65_HS1-834228961_62-HQ-83894_Section_2
Agency: FBI
Page 105
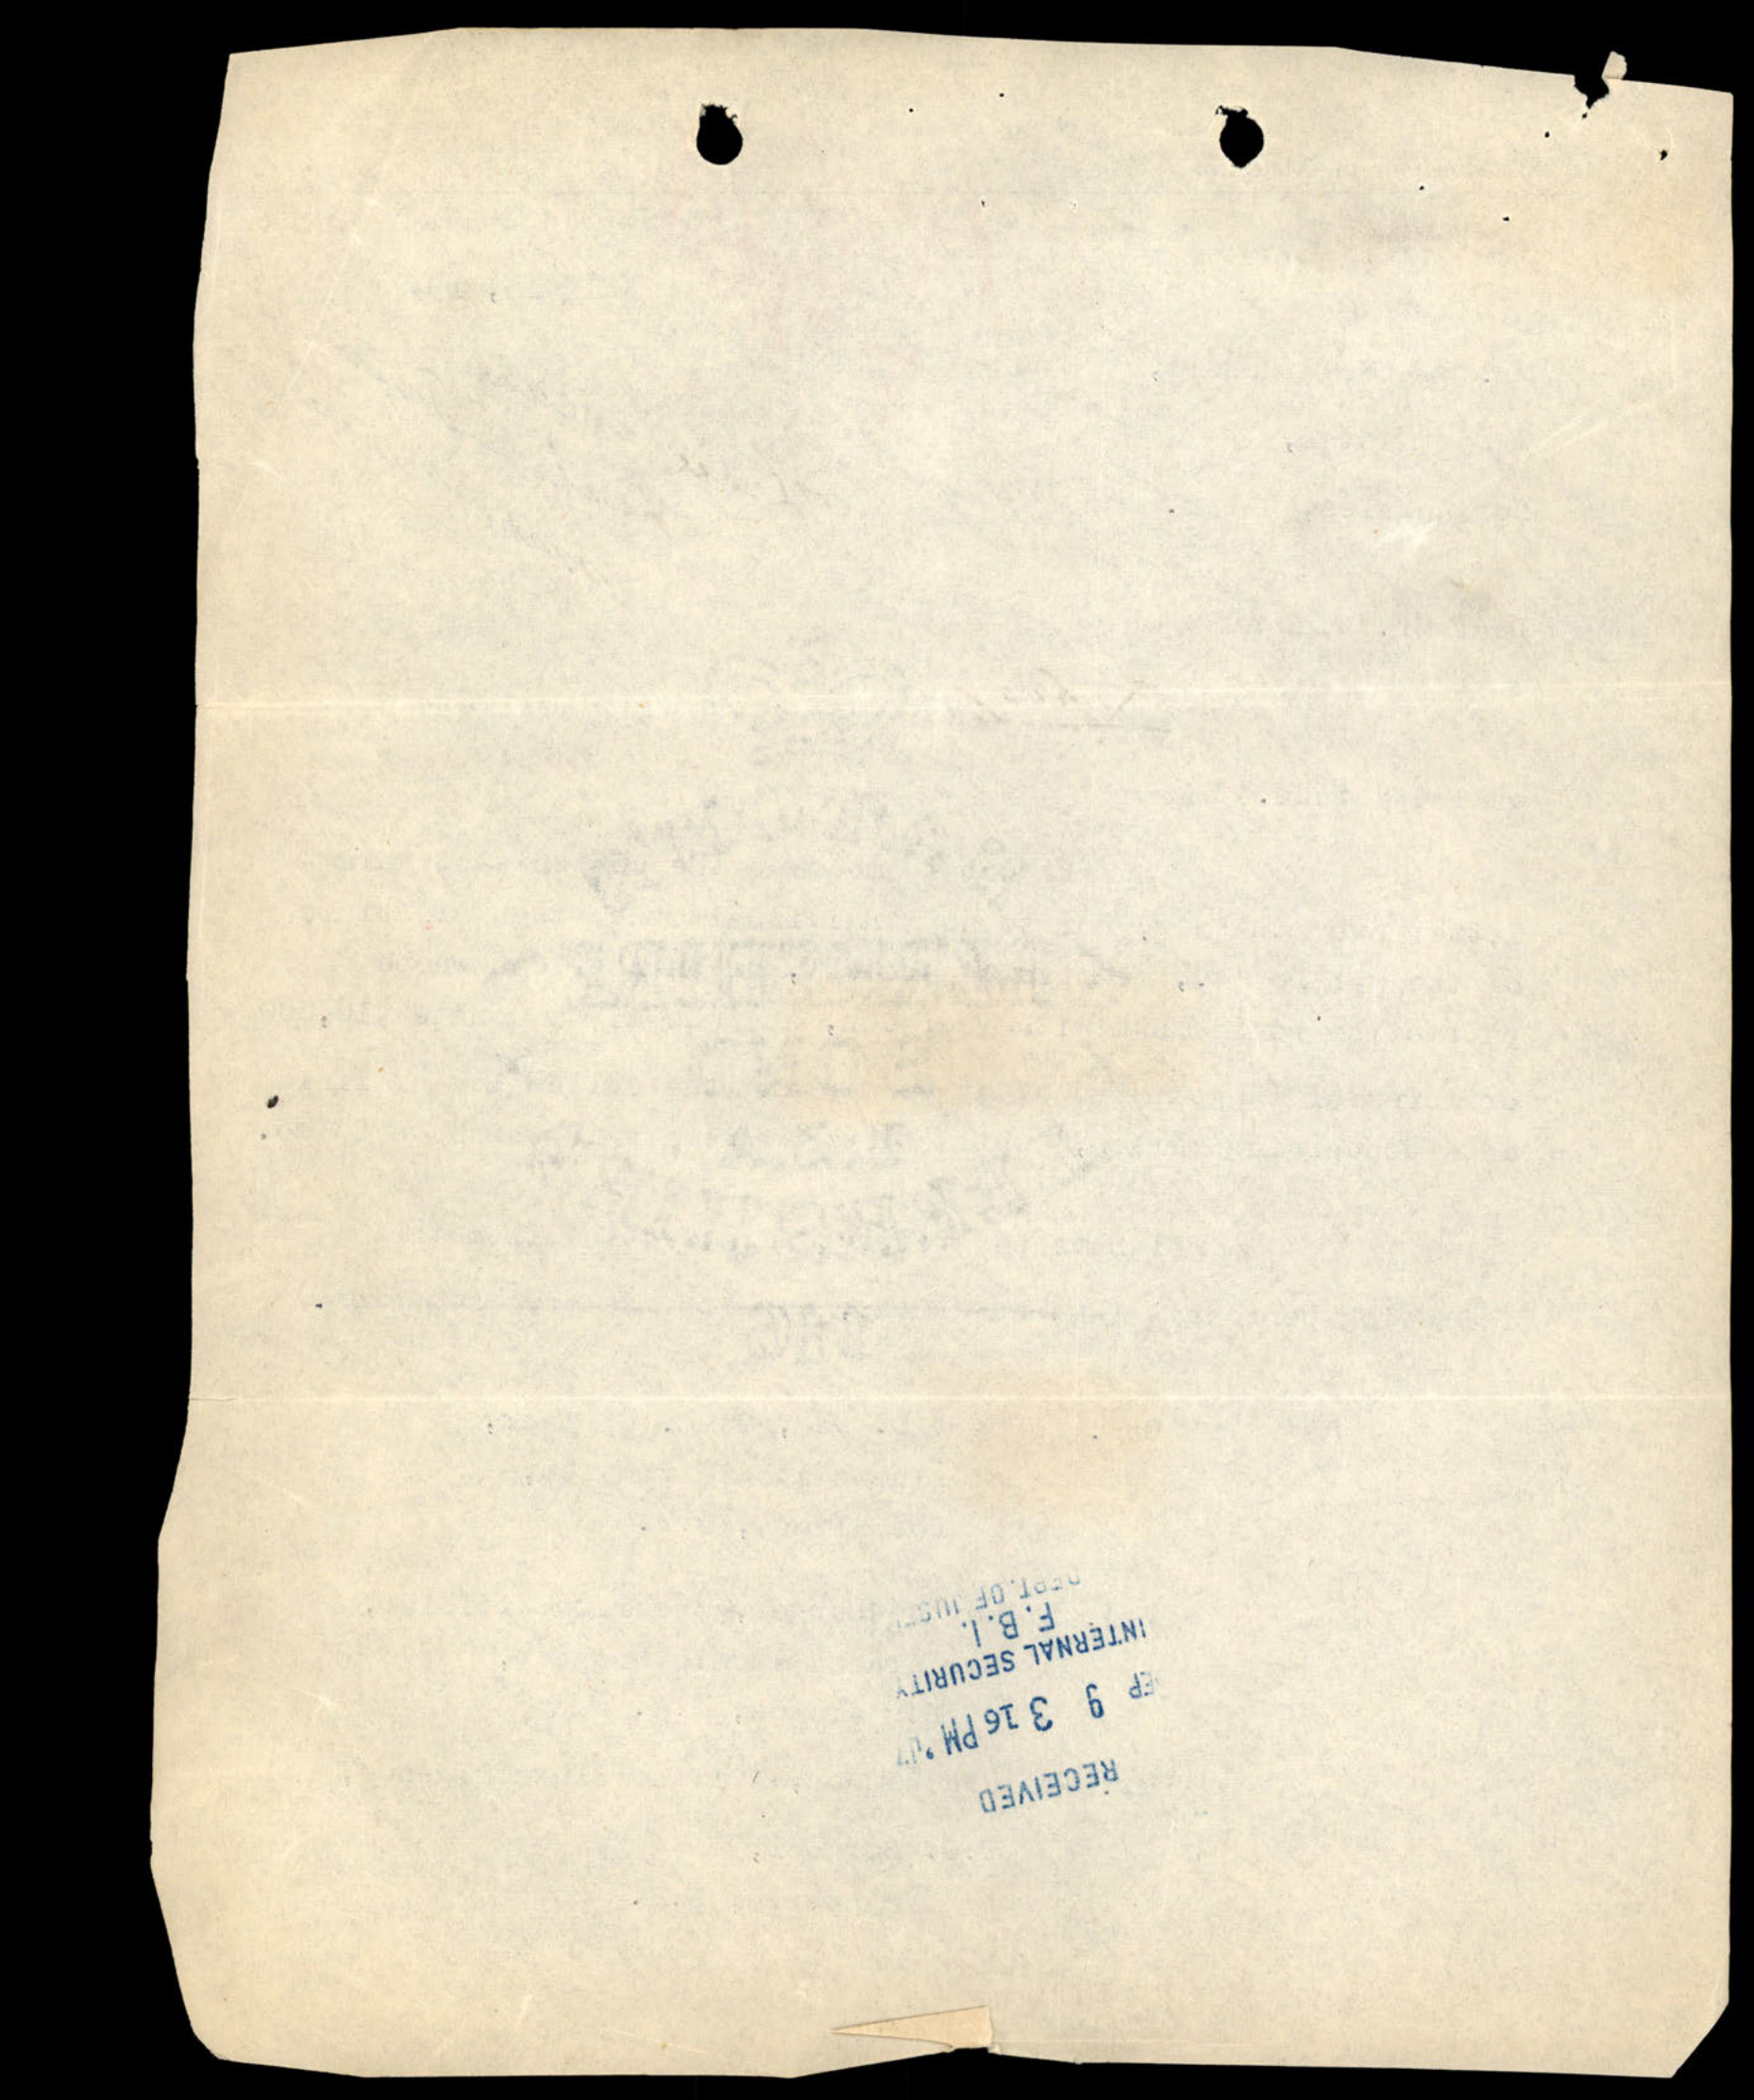